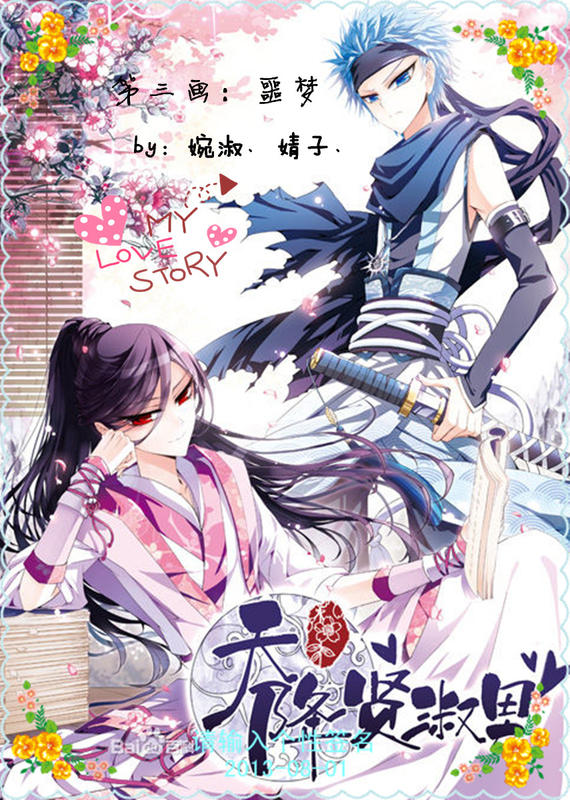
士有妒友，则贤交不亲君有妒臣，则贤人不至。